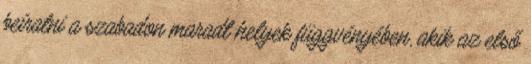
beíratni a szabadon maradt helyek függvényében, akik az első